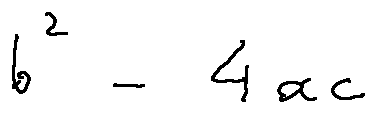
b ^ { 2 } - 4 a c